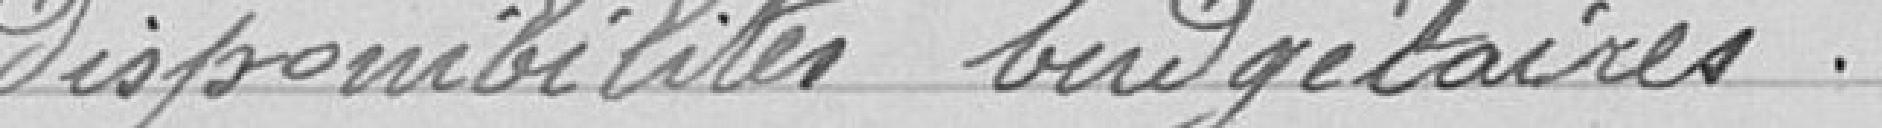
disponibilités budgétaires.